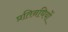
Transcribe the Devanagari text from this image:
प्रतिनधियों